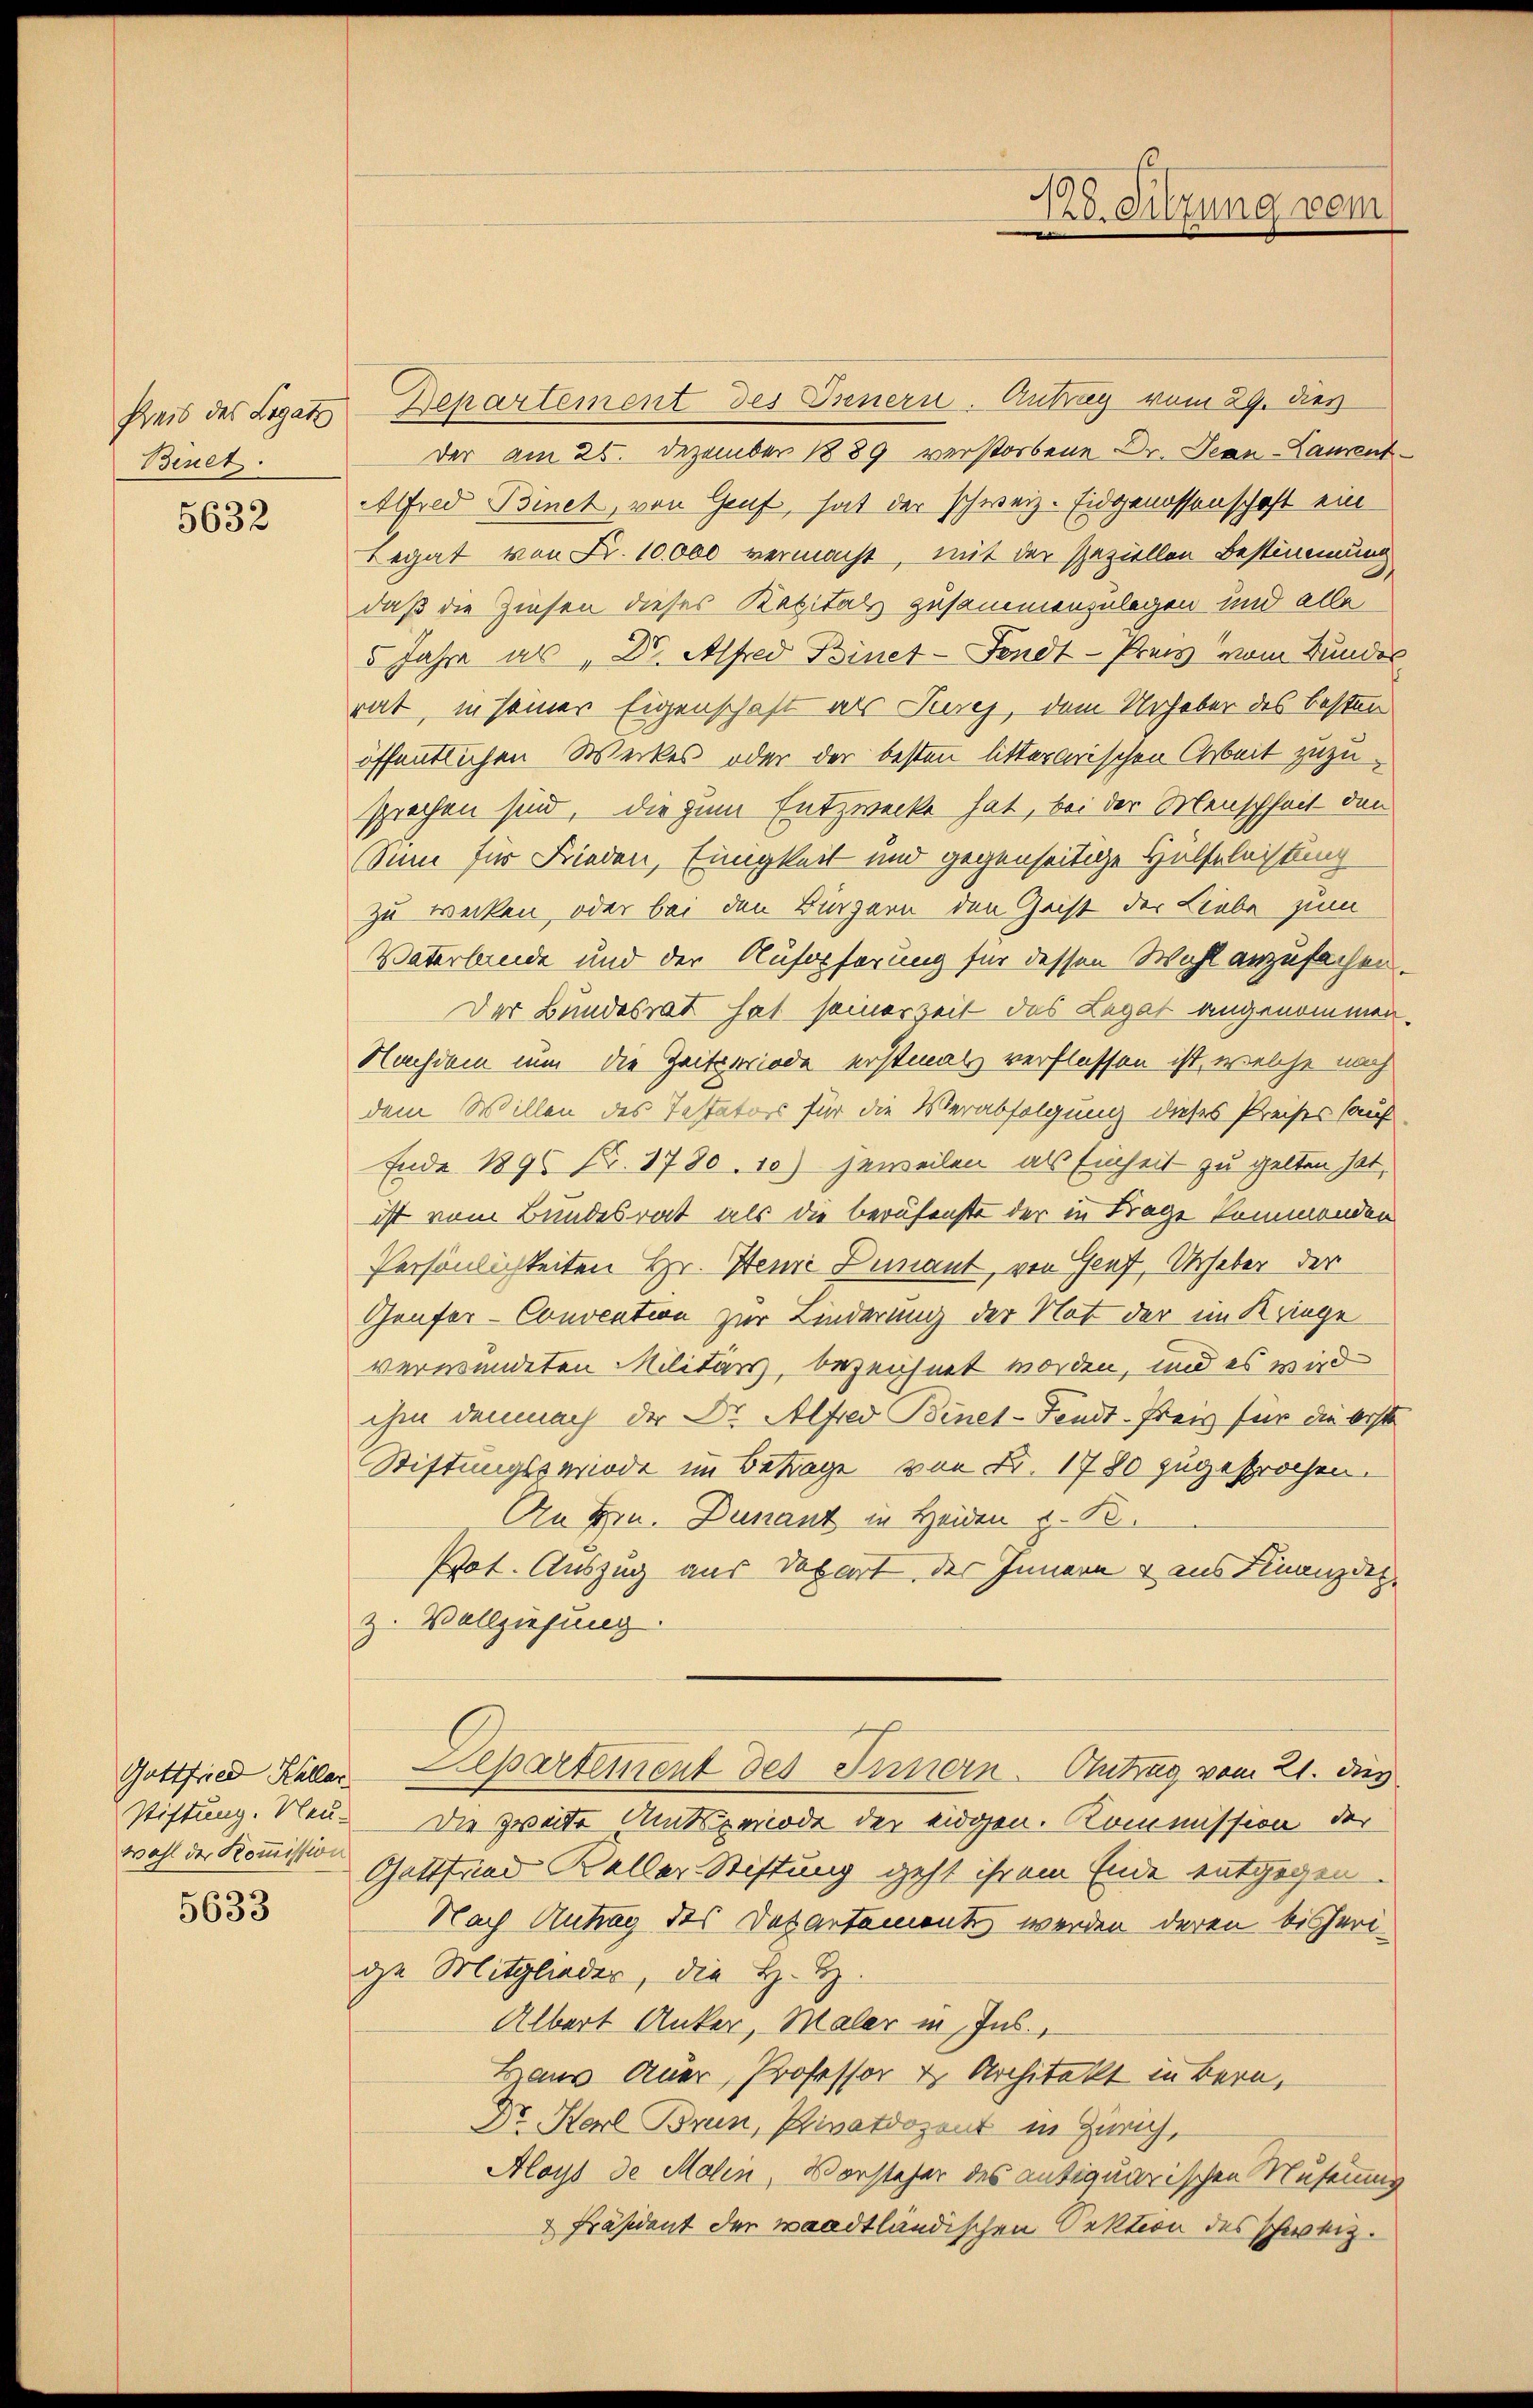
Preis des Legatz
Binet.

5632

wahl der Kommission

5633

Departement des Innern. Antrag vom 29. des
Der am 26. Dezember 1889 verstorbene Dr. Jean-Laurent¬
Alfred Binet, von Genf, hat der schweiz. Eidgenossenschaft ein
Legat von Fr. 10,000 vermacht, mit der Reziellen Bestimmung
daß die Zinsen dieses Kapitals zusammenzulegen und alle
5 Jahre als Dr. Alfred Binet-Fondt-Preis vom Bunder
rat, in seiner Eigenschaft als Turch, dem Urheber des besten
öffentlichen Werkes oder der besten litterarischen Arbeit zuzusprechen sind, die zum Entzwecke hat, bei der Menschheit den
Sinn für Frieden, Einigkeit und gegenseitige Hülfeleistung
zu wecken, oder bei den Bürgern den Geist der Liebe zum
Vaterlande und der Aufopferung für dessen Wahl anzufachen.
Der Bundesrat hat seinerzeit das Legat angenommen.
Nachdem nun die Zeiteriode erstmals verflossen ist, welche nach
dem Willen des Testators für die Verabfolgung dieses Preises auf
Ende 1890 Fr. 1780. 10) jeweilen als Einheit zu gelten hat,
ist vom Bundesrat als die berufenste der in Frage kommenden
Persönlichkeiten Hr. Henni Dumant, von Genf, Urheber der
Genfer-Convention zur Linderung der Not der im Kriege
verwundeten Militärs, bezeichnet worden, und es wird
ihm demnach der Dr. Alfred Binet-Fendt. Freis für die erst
Stiftungsperiode im Betrage von Fr. 1780 zugesprochen.
An Hrn. Dunant in Heiden z. B.
Pot. Auszug aus Depart des Innern & aus Finanzdep
z. Vollziehung.
Gottfried Keller Departement des Innern Antrag vom 21. des
stiftung. Neu. Die zweite Amtsperiode der eidgen. Kommission der
Gottfried Keller-Stiftung geht ihrem Ende entgegen
Nach Antrag des Departament werden deren bisherige Mitglieder, die H. H.
Albert Anker, Maler in Ins.,
Haus Auer, Professor & Architekt in Bern,
Dr. Karl Brun, Privatdozent in Zürich,
Aloys de Malin, Vorsteher des antiquarischen Nuserung
 Präsident der waadtländischen Oektion des schweiz.

128. Sitzung vom